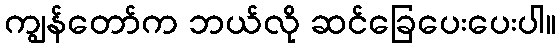
ကျွန်တော်က ဘယ်လို ဆင်ခြေပေးပေးပါ။